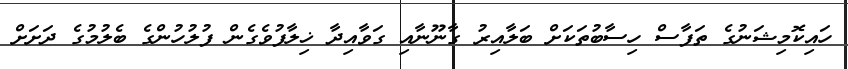
ހައިކޮމިޝަނުގެ ތަފާސް ހިސާބުތަކަށް ބަލާއިރު ގާނޫނާއި ގަވާއިދާ ޚިލާފުވެގެން ފުލުހުންގެ ބެލުމުގެ ދަށަށް